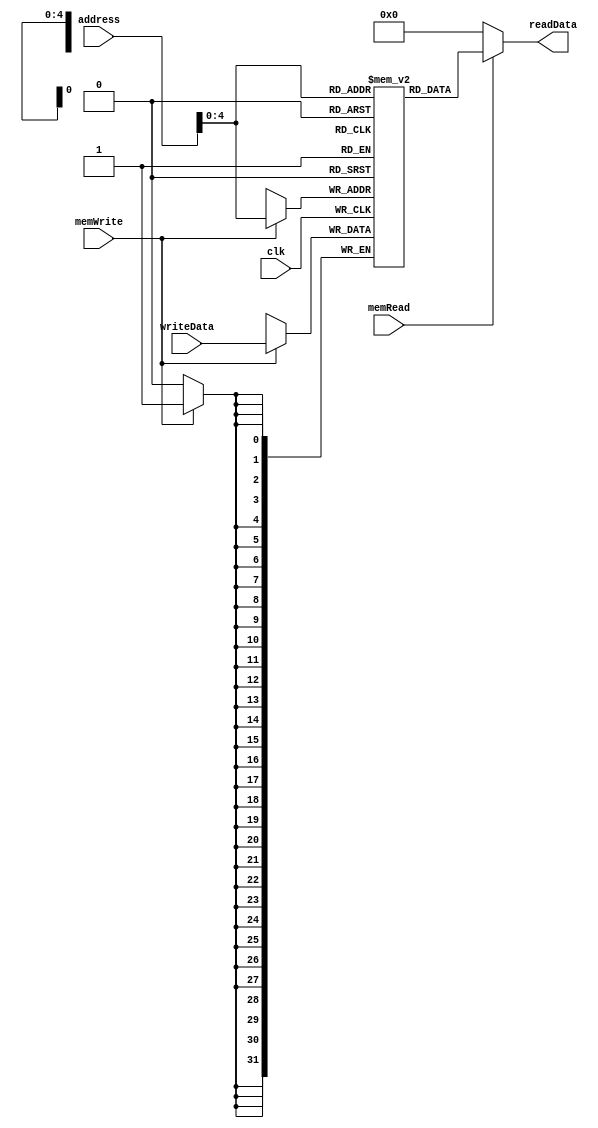
`timescale 1ns / 1ps
//////////////////////////////////////////////////////////////////////////////////
// Company: 
// Engineer: 
// 
// Design Name: 
// Module Name: DataMemory
// Project Name: 
// Target Devices: 
// Tool Versions: 
// Description: 
// 
// Dependencies: 
// 
// Revision:
// Revision 0.01 - File Created
// Additional Comments:
// 
//////////////////////////////////////////////////////////////////////////////////


module DataMemory(
    input clk,
    input[31:0] address,
    input[31:0] writeData,
    input memWrite,
    input memRead,
    output reg[31:0] readData
    );
    
    reg[31:0] memFile[0:31];
    
    always @(address or memRead) begin
        if(memRead) begin
            readData = memFile[address];
            $display("mem%d read_data:%d",address,readData);
        end
        else
            readData = 0;
    end
    
    always @(negedge clk) begin
        if(memWrite) begin
            memFile[address] <= writeData;
            $display("mem_write_data:%d",writeData);
        end
    end
endmodule